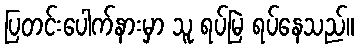
ပြတင်းပေါက်နားမှာ သူ ရပ်မြဲ ရပ်နေသည်။